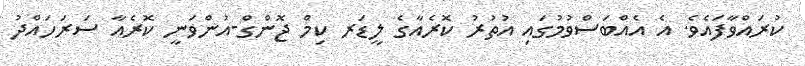
ކުރައްވާފައެވެ. އެ އެއްބަސްވުމުގައި އުތުރު ކޮރެއާގެ ލީޑަރ ކިމް ޖޮންގް-އުންވަނީ ކޮރެއާ ސަރަހައްދު